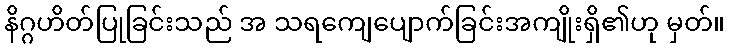
နိဂ္ဂဟိတ်ပြုခြင်းသည် အ သရကျေပျောက်ခြင်းအကျိုးရှိ၏ဟု မှတ်။